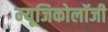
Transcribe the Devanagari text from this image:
म्‍यूजिकोलॉजी